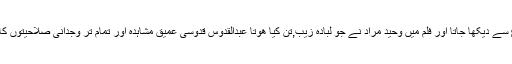
پہلا شو نہایت اہتمام اور خشوع و خضوع سے دیکھا جاتا اور فلم میں وحید مراد نے جو لبادہ زیب,تن کیا ھوتا عبدالقدوس قدوسی عمیق مشاہدہ اور تمام تر وجدانی صلاحیتوں کا استعمال کرتے ھوئے کپڑوں کے رنگ۔